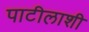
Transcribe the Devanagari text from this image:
पाटीलाशी